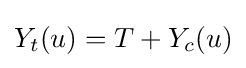
Y_{t}(u)=T+Y_{c}(u)